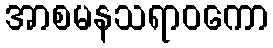
အာစမနသရာဝကော